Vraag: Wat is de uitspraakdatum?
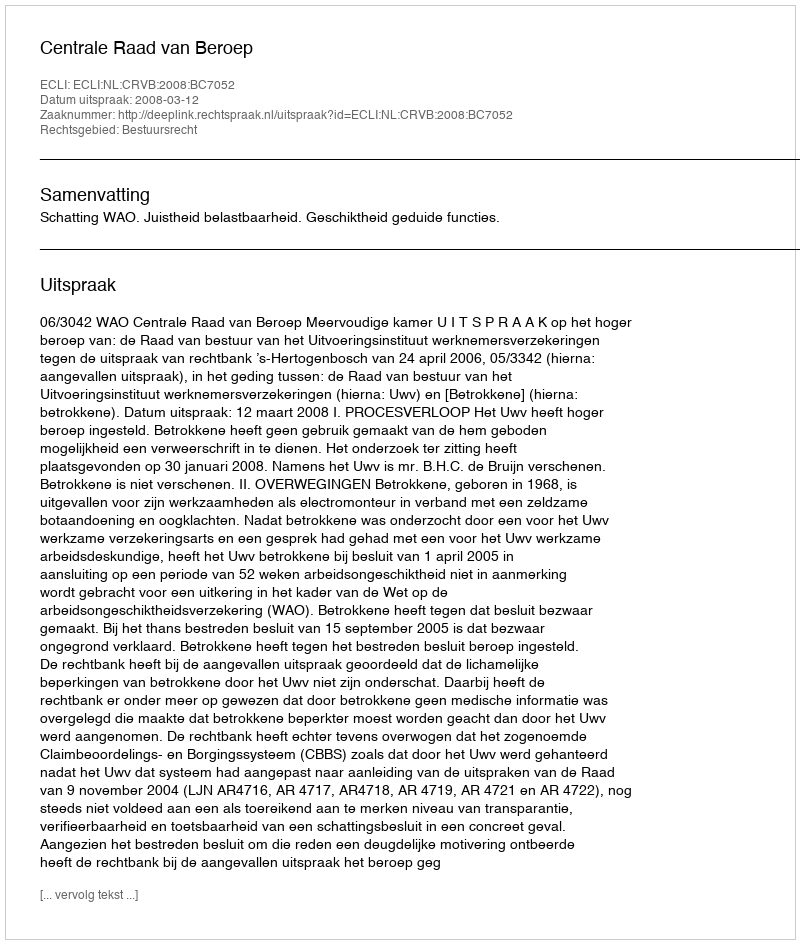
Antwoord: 2008-03-12